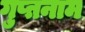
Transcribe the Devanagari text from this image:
गुप्तनाम